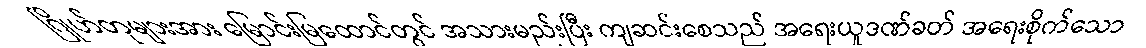
ဂြိုဟ်တုများအား မြောင်းမြထောင်တွင် အသားမည်းပြီး ကျဆင်းစေသည် အရေးယူဒဏ်ခတ် အရေးစိုက်သော